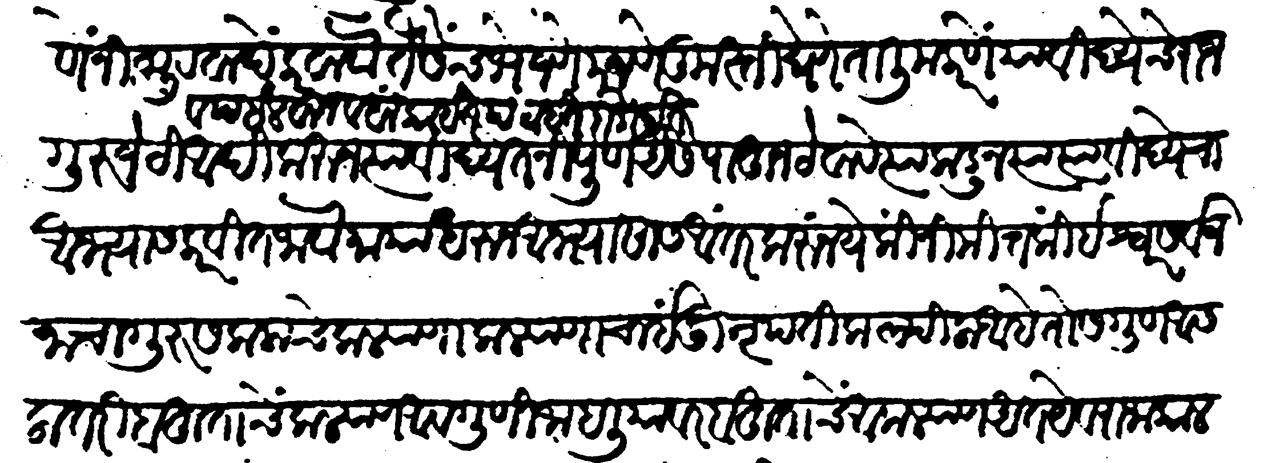
Transliteration (Devanagari): अनालस्यपणें निष्ठुरवादें करवावे तैसेंच भेजणें परजणें कुस्ती घेणे तालीम करणें या विद्येचे राजगुरु जेठी व पइलवान व बांकाईत पटाईत आदिकरुन त्या विद्येत निपुण असे पाहून ठेवावे त्याकडून त्या त्या विद्येचा अभ्यास करवीत जावा माया धरुन अभ्यासास अंतर करूं नये किन्निमित्त की ईश्वर सर्व जनाचा गुरु सकलांचे कल्याणा कल्याणांचा इंदु नृपति कल्पिला आहे तो सगुण असला तरी बहुतांचे कल्याण अवगुणी जाहल्यावर बहुताचे अकल्याण अतयेव राजा कालस्य